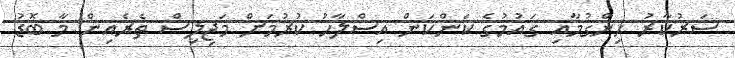
ސަރުކާރު ހިންގުމާއި ގައުމުގެ ކަންކަން އިސްލާހު ކުރުމަށް މަޖިލިސް ތެރެއިން މާ ބޮޑު